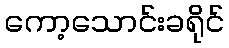
ကော့သောင်းခရိုင်